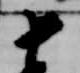
十